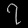
Digit: ၇